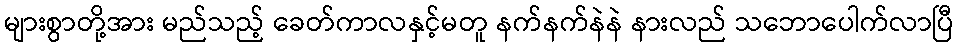
များစွာတို့အား မည်သည့် ခေတ်ကာလနှင့်မတူ နက်နက်နဲနဲ နားလည် သဘောပေါက်လာပြီ